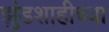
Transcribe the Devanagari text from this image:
झुंडशाहीच्या